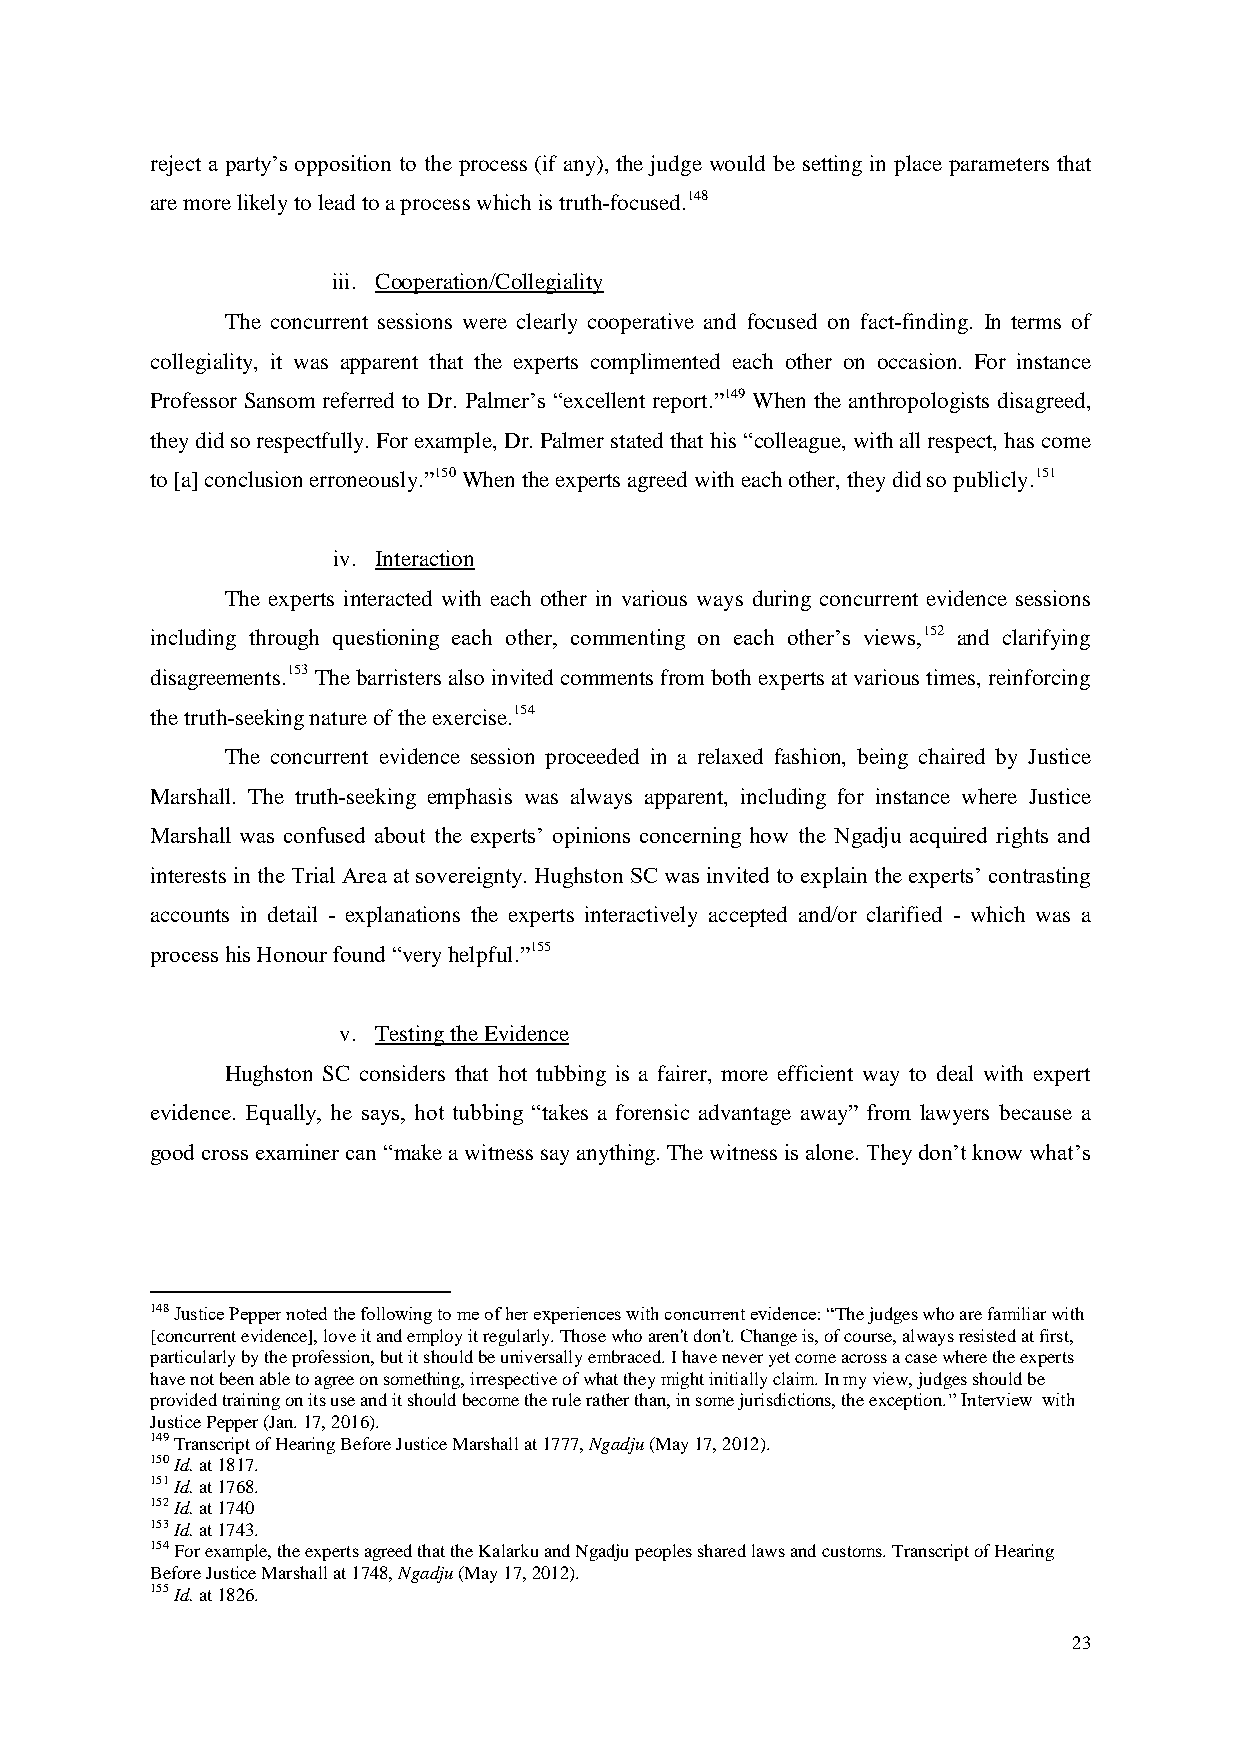
reject a party’s opposition to the process (if any), the judge would be setting in place parameters that
 are more likely to lead to a process which is truth-focused.148
 iii. Cooperation/Collegiality
 The concurrent sessions were clearly cooperative and focused on fact-finding. In terms of
 collegiality, it was apparent that the experts complimented each other on occasion. For instance
 Professor Sansom referred to Dr. Palmer’s “excellent report.”149 When the anthropologists disagreed,
 they did so respectfully. For example, Dr. Palmer stated that his “colleague, with all respect, has come
 to [a] conclusion erroneously.”150 When the experts agreed with each other, they did so publicly.151
 iv. Interaction
 The experts interacted with each other in various ways during concurrent evidence sessions
 including through questioning each other, commenting on each other’s views,152 and clarifying
 disagreements.153 The barristers also invited comments from both experts at various times, reinforcing
 the truth-seeking nature of the exercise.154
 The concurrent evidence session proceeded in a relaxed fashion, being chaired by Justice
 Marshall. The truth-seeking emphasis was always apparent, including for instance where Justice
 Marshall was confused about the experts’ opinions concerning how the Ngadju acquired rights and
 interests in the Trial Area at sovereignty. Hughston SC was invited to explain the experts’ contrasting
 accounts in detail - explanations the experts interactively accepted and/or clarified - which was a
 process his Honour found “very helpful.”155
 v. Testing the Evidence
 Hughston SC considers that hot tubbing is a fairer, more efficient way to deal with expert
 evidence. Equally, he says, hot tubbing “takes a forensic advantage away” from lawyers because a
 good cross examiner can “make a witness say anything. The witness is alone. They don’t know what’s
 148 Justice Pepper noted the following to me of her experiences with concurrent evidence: “The judges who are familiar with
 [concurrent evidence], love it and employ it regularly. Those who aren't don't. Change is, of course, always resisted at first,
 particularly by the profession, but it should be universally embraced. I have never yet come across a case where the experts
 have not been able to agree on something, irrespective of what they might initially claim. In my view, judges should be
 provided training on its use and it should become the rule rather than, in some jurisdictions, the exception.” Interview with
 Justice Pepper (Jan. 17, 2016).
 149 Transcript of Hearing Before Justice Marshall at 1777, Ngadju (May 17, 2012).
 150 Id. at 1817.
 151 Id. at 1768.
 152 Id. at 1740
 153 Id. at 1743.
 154 For example, the experts agreed that the Kalarku and Ngadju peoples shared laws and customs. Transcript of Hearing
 Before Justice Marshall at 1748, Ngadju (May 17, 2012).
 155 Id. at 1826.
 23